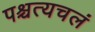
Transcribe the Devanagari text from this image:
पश्चत्यचलं